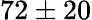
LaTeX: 72\pm 20